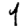
Digit: 4